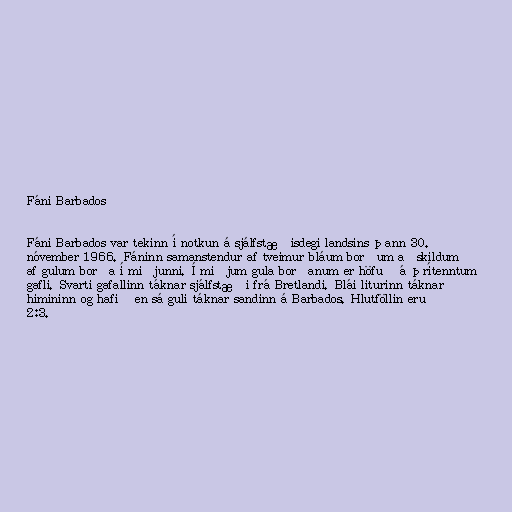
Fáni Barbados

Fáni Barbados var tekinn í notkun á sjálfstæðisdegi landsins þann 30.
nóvember 1966. Fáninn samanstendur af tveimur bláum borðum aðskildum
af gulum borða í miðjunni. Í miðjum gula borðanum er höfuð á þrítenntum
gafli. Svarti gafallinn táknar sjálfstæði frá Bretlandi. Blái liturinn táknar
himininn og hafið en sá guli táknar sandinn á Barbados. Hlutföllin eru
2:3.